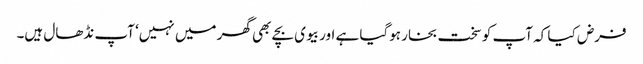
فرض کیا کہ آپ کو سخت بخار ہوگیا ہے اور بیوی بچے بھی گھر میں نہیں‘ آپ نڈھال ہیں۔